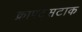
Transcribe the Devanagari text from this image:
क्राफ्ट्सटाक